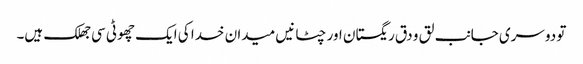
تو دوسری جانب لق و دق ریگستان اور چٹانیں میدان خدا کی ایک چھوٹی سی جھلک ہیں۔